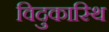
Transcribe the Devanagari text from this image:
विदुकास्थि